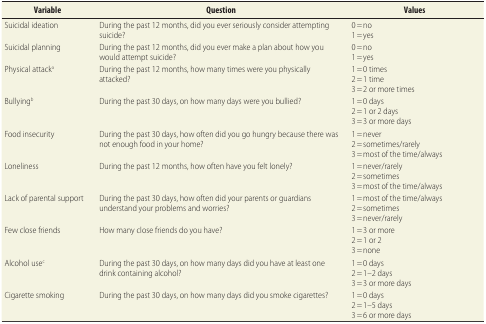
<table><thead><tr><td><b>Variable</b></td><td><b>Question</b></td><td><b>Values</b></td></tr></thead><tbody><tr><td>Suicidal ideation</td><td>During the past 12 months, did you ever seriously consider attempting suicide?</td><td>0 = no1 = yes</td></tr><tr><td>Suicidal planning</td><td>During the past 12 months, did you ever make a plan about how you would attempt suicide?</td><td>0 = no1 = yes</td></tr><tr><td>Physical attack<sup>a</sup></td><td>During the past 12 months, how many times were you physically attacked?</td><td>1 = 0 times2 = 1 time3 = 2 or more times</td></tr><tr><td>Bullying<sup>b</sup></td><td>During the past 30 days, on how many days were you bullied?</td><td>1 = 0 days2 = 1 or 2 days3 = 3 or more days</td></tr><tr><td>Food insecurity</td><td>During the past 30 days, how often did you go hungry because there was not enough food in your home?</td><td>1 = never2 = sometimes/rarely3 = most of the time/always</td></tr><tr><td>Loneliness</td><td>During the past 12 months, how often have you felt lonely?</td><td>1 = never/rarely2 = sometimes3 = most of the time/always</td></tr><tr><td>Lack of parental support</td><td>During the past 30 days, how often did your parents or guardians understand your problems and worries?</td><td>1 = most of the time/always2 = sometimes3 = never/rarely</td></tr><tr><td>Few close friends</td><td>How many close friends do you have?</td><td>1 = 3 or more2 = 1 or 23 = none</td></tr><tr><td>Alcohol use<sup>c</sup></td><td>During the past 30 days, on how many days did you have at least one drink containing alcohol?</td><td>1 = 0 days2 = 1–2 days3 = 3 or more days</td></tr><tr><td>Cigarette smoking</td><td>During the past 30 days, on how many days did you smoke cigarettes?</td><td>1 = 0 days2 = 1–5 days3 = 6 or more days</td></tr></tbody></table>